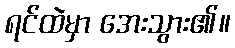
ရင်ထဲမှာ အေးသွား၏။